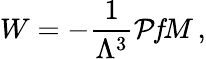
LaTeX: W=-\frac{1}{\Lambda^{3}}{\cal P}{\mathit f}M\, ,